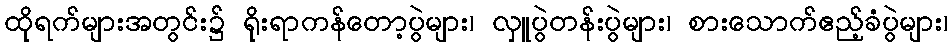
ထိုရက်များအတွင်း၌ ရိုးရာကန်တော့ပွဲများ၊ လှူပွဲတန်းပွဲများ၊ စားသောက်ဧည့်ခံပွဲများ၊